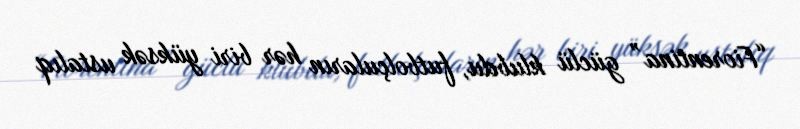
“Fiorentina” güclü klubdu, futbolçuların hər biri yüksək ustalıq